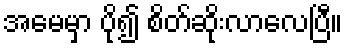
အမေမှာ ပို၍ စိတ်ဆိုးလာလေပြီ။